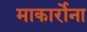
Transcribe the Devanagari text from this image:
माकार्रोना